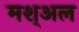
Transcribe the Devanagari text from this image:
मश्अल